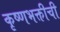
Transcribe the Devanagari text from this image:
कृष्णभक्तीची